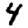
Digit: 4